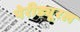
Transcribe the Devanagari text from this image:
पेरीड्यूरल